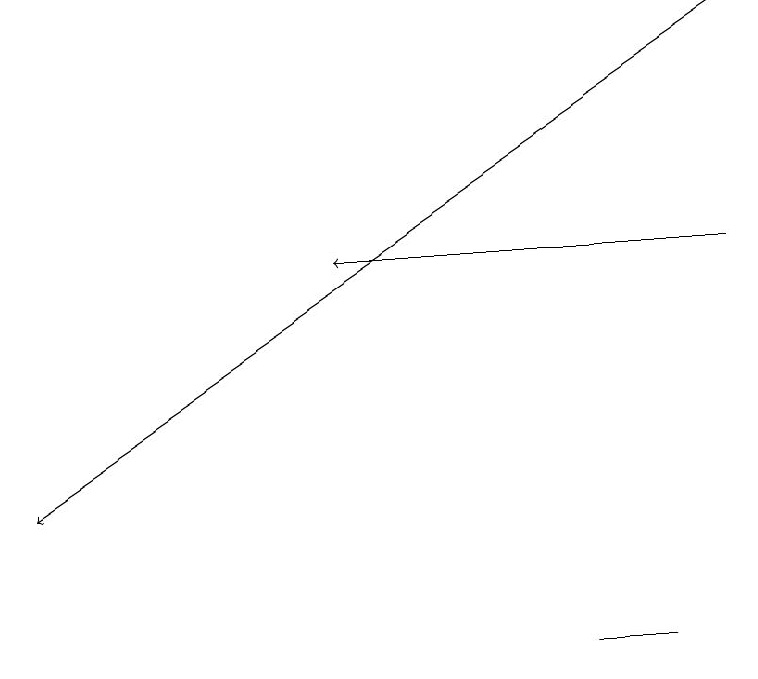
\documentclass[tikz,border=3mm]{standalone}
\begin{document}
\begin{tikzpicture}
\draw (8,11) rectangle (7,11);
\draw[->] (9,16) -- (4,16);
\draw[->] (9,19) -- (0,13);
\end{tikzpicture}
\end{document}